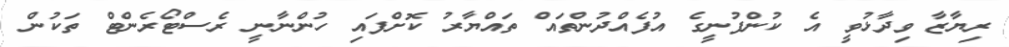
ރިޔާޒާ ވިދާޅުވީ އެ ކުންފުނީގެ އުފެއްދުންތައް ތައްޔާރު ކޮށްފައި ހުންނާނީ ރެސްޓޯރެންޓް ތަކުން